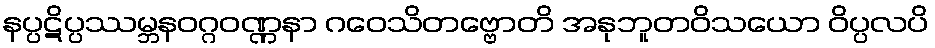
နပ္ပဋိပ္ပဿမ္ဘနဝဂ္ဂဝဏ္ဏနာ ဂဝေသိတဗ္ဗောတိ အနုဘူတဝိသယော ဝိပ္ပလပိ